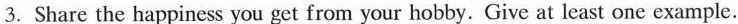
3.Share the happiness you get from your hobby. Give at least one example.